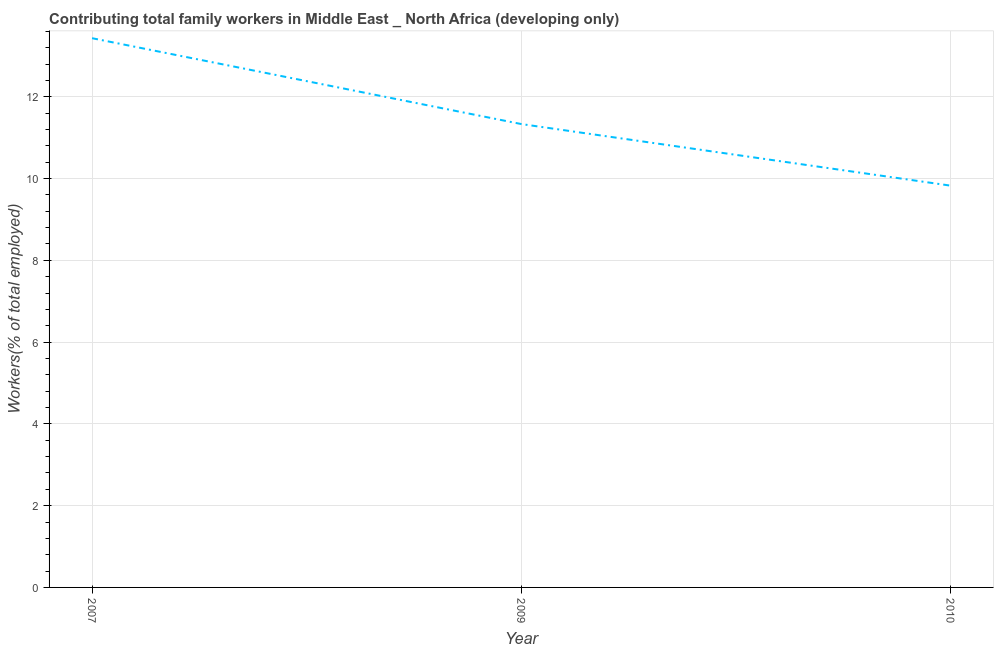
| Year | Contributing family workers |
 | --- | --- |
 | 2007 | 13.4 |
 | 2009 | 11.3 |
 | 2010 | 9.83 |